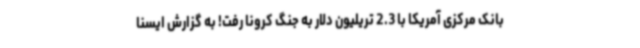
بانک مرکزی آمریکا با 2.3 تریلیون دلار به جنگ کرونا رفت! به گزارش ایسنا